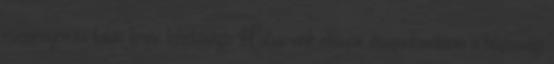
eseményen.és talán lenne lehetősége Hafsa-nak először visszautasítania a házassági